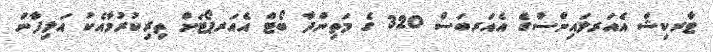
ޓާރކިޝް އެއަރލައިންސްގެ އެއަރބަސް 320 ގެ މަތިންދާ ބޯޓް އެއަރޕޯޓަށް ތިރިކުރުމާއެކު އަލިފާން